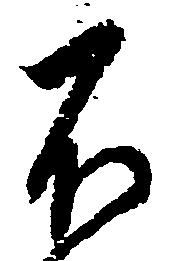
不